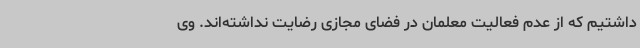
داشتیم که از عدم فعالیت معلمان در فضای مجازی رضایت نداشته‌اند. وی